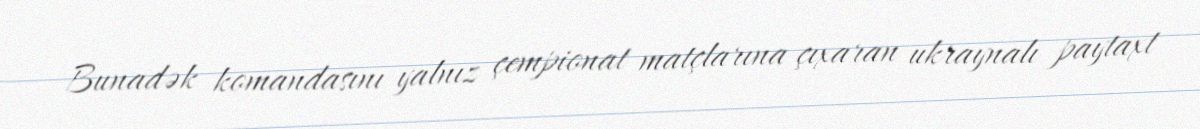
Bunadək komandasını yalnız çempionat matçlarına çıxaran ukraynalı paytaxt